65_HS1-834228961_62-HQ-83894_Section_3
Agency: FBI
Page 123
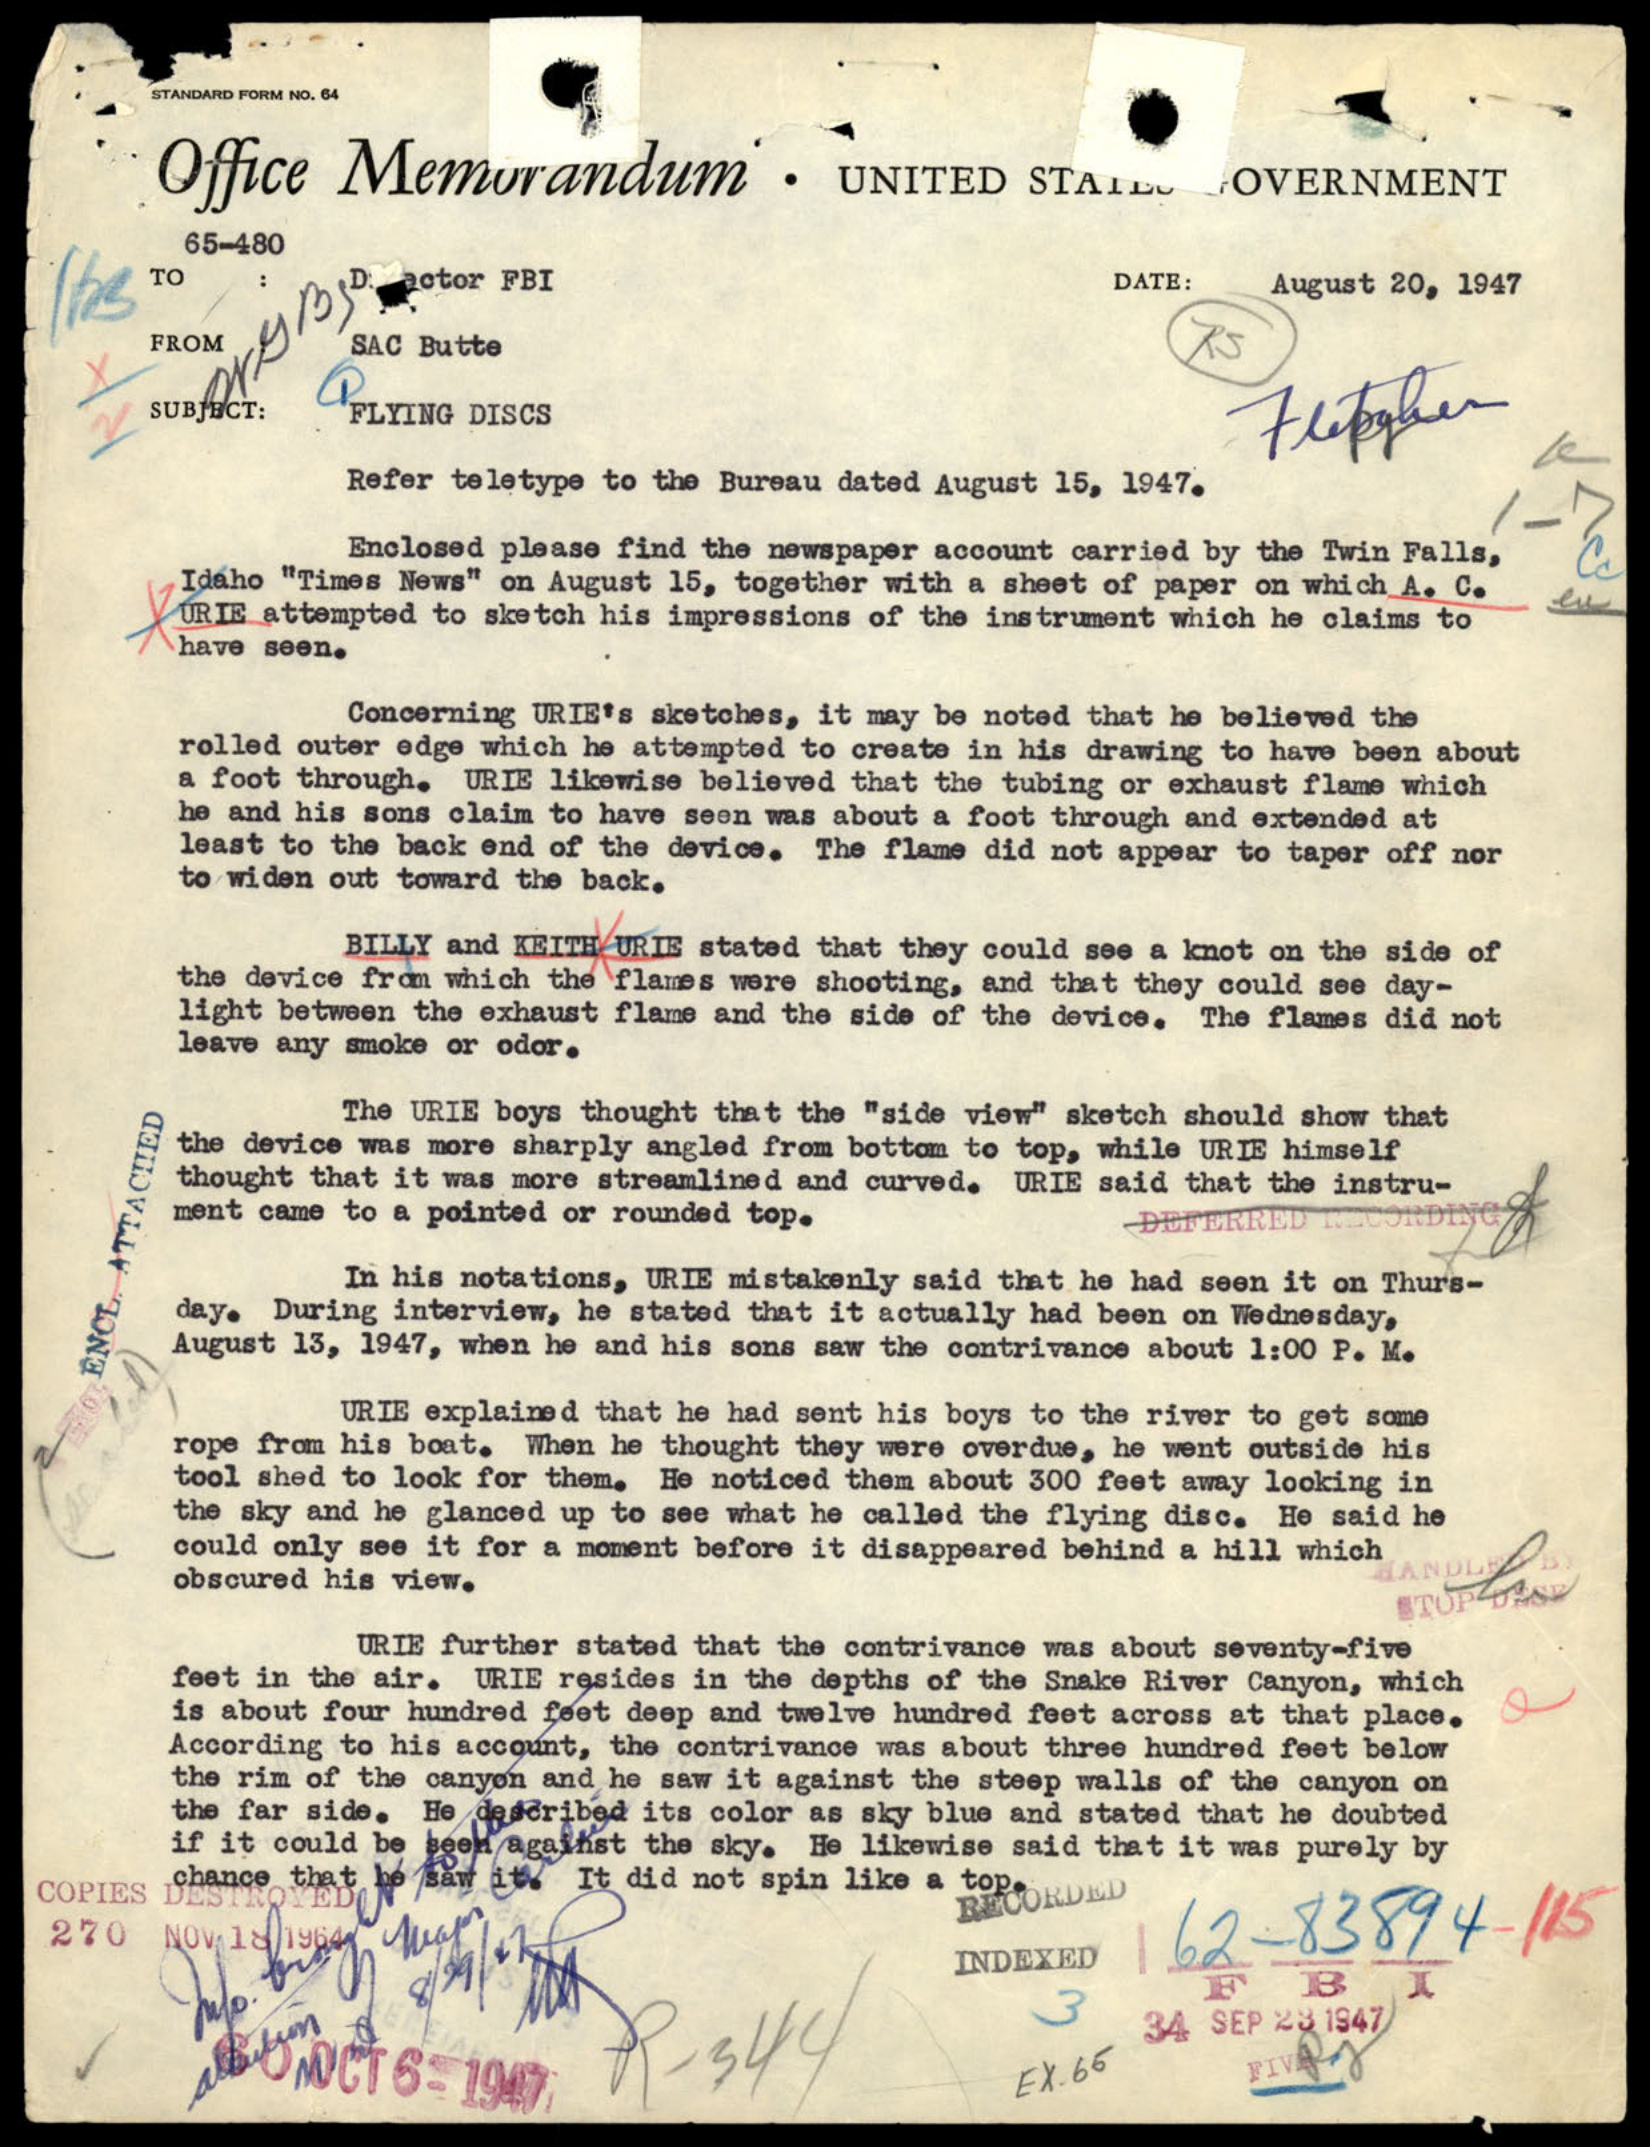